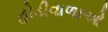
હોડીવાળાઓ